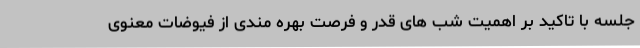
جلسه با تاکید بر اهمیت شب های قدر و فرصت بهره مندی از فیوضات معنوی